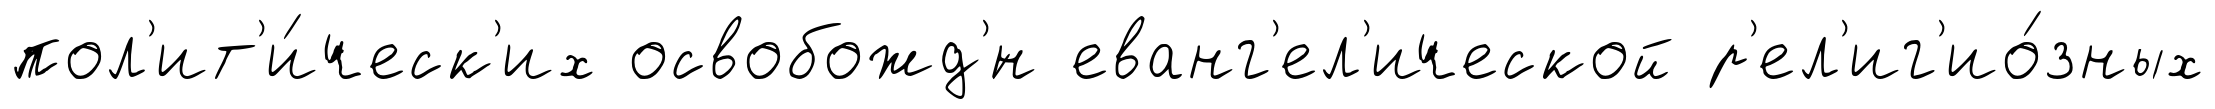
пол'ит'и́ческ'их освобожд'́н еванг'ел'ической р'ел'иг'ио́зных